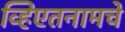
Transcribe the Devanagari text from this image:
व्हिएतनामचे